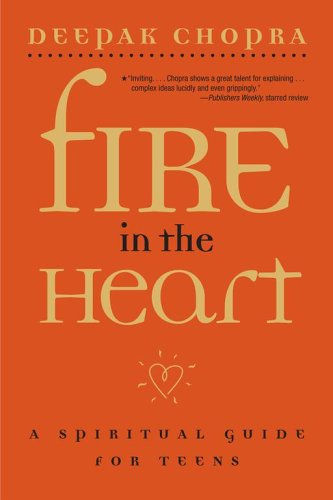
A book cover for Fire in the Heart: A Spiritual Guide for Teens; Deepak Chopra M.D.; Teen & Young Adult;